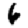
Digit: 6